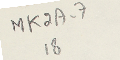
MK2A-718